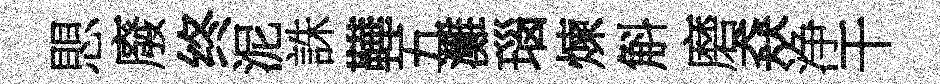
愳廢终泥誅鞾五灘瑙煉斛磨猋浄干